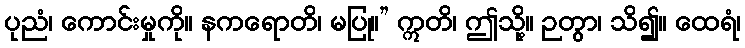
ပုညံ၊ ကောင်းမှုကို။ နကရောတိ၊ မပြု။” ဣတိ၊ ဤသို့။ ဉတွာ၊ သိ၍။ ထေရံ၊